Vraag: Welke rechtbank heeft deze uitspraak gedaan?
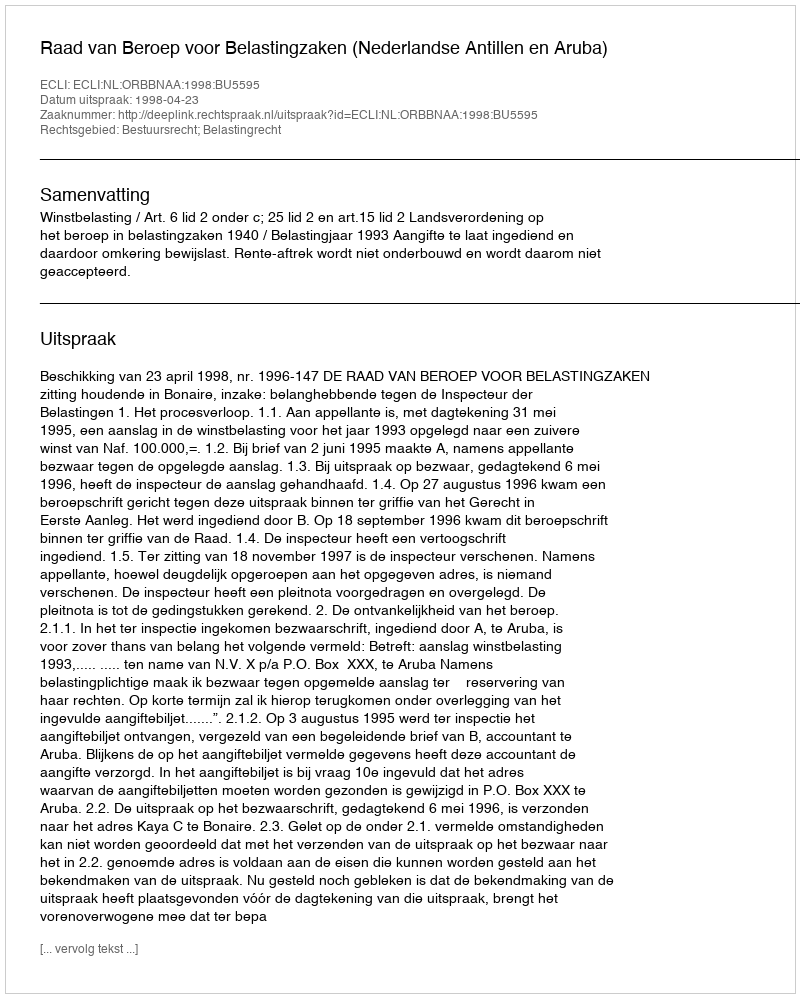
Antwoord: Raad van Beroep voor Belastingzaken (Nederlandse Antillen en Aruba)